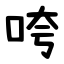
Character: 咵